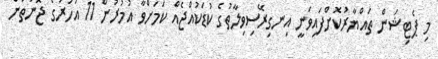
މި ޕެޓިޝަން ތައްޔާރުކޮށްފައިވަނީ އިނގިރޭސިވިލާތުގެ ކުޑަކުއްޖެއް ކަމަށްވާ އުމުރުން 11 އަހަރުގެ ޖޮނަތަން